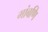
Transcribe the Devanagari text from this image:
मांबणि